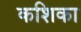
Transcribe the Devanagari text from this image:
कशिका